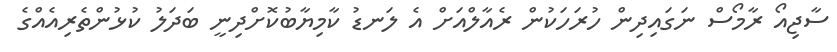
ސާޖިއޯ ރާމޯސް ނަގައިދިން ހުރަހަކުން ރެއާލްއަށް އެ ލަނޑު ކާމިޔާބުކޮށްދިނީ ބަދަލު ކުޅުންތެރިއެއްގެ